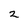
Character: 2